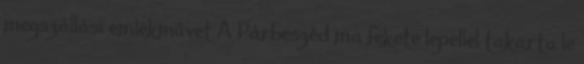
megszállási emlékművet A Párbeszéd ma fekete lepellel takarta le